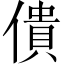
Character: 僓